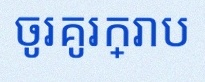
ចូរគូរក្រាប